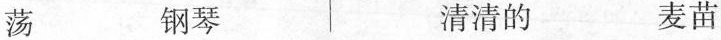
荡 钢琴 清清的 麦苗